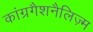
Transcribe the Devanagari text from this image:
कांग्रगैशनैलिज़्म